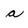
Character: a